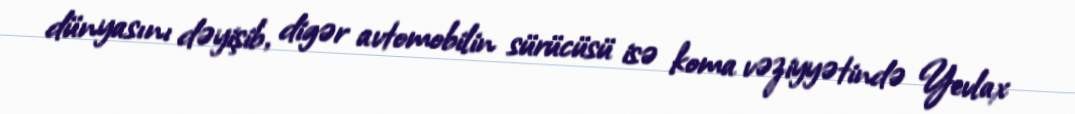
dünyasını dəyişib, digər avtomobilin sürücüsü isə koma vəziyyətində Yevlax